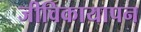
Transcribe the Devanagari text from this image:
जीविकायापन